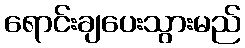
ရောင်းချပေးသွားမည်